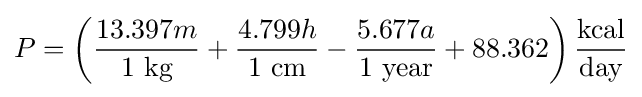
P=\left({\frac {13.397m}{1~{\text{kg}}}}+{\frac {4.799h}{1~{\text{cm}}}}-{\frac {5.677a}{1~{\text{year}}}}+88.362\right){\frac {\text{kcal}}{\text{day}}}